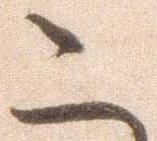
こ